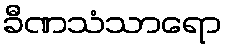
ခီဏသံသာရော